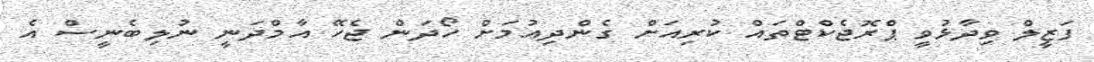
ފަޒީލް ވިދާޅުވީ ޕްރޮޖެކްޓްތައް ކުރިއަށް ގެންދިއުމަށް ހޯދަން ޖެހޭ އާމްދަނީ ނުލިބެނީސް އެ